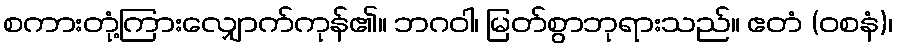
စကားတုံ့ကြားလျှောက်ကုန်၏။ ဘဂဝါ၊ မြတ်စွာဘုရားသည်။ ဧတံ (ဝစနံ)၊